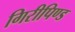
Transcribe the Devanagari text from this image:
गिरीपिण्ड